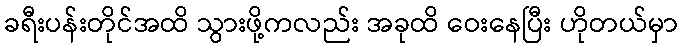
ခရီးပန်းတိုင်အထိ သွားဖို့ကလည်း အခုထိ ဝေးနေပြီး ဟိုတယ်မှာ